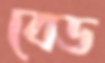
বেড